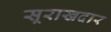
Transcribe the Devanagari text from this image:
सूराखदार